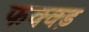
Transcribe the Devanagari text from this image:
फक्क्ड़